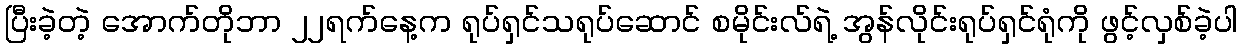
ပြီးခဲ့တဲ့ အောက်တိုဘာ ၂၂ရက်နေ့က ရုပ်ရှင်သရုပ်ဆောင် စမိုင်းလ်ရဲ့ အွန်လိုင်းရုပ်ရှင်ရုံကို ဖွင့်လှစ်ခဲ့ပါ